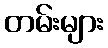
တမ်းများ